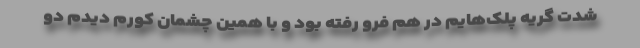
شدت گریه پلک‌هایم در هم فرو رفته بود و با همین چشمان کورم دیدم دو